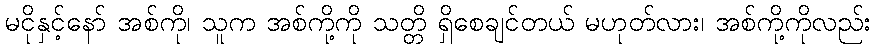
မငိုနှင့်နော် အစ်ကို၊ သူက အစ်ကို့ကို သတ္တိ ရှိစေချင်တယ် မဟုတ်လား၊ အစ်ကို့ကိုလည်း